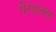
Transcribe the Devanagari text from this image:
पैरेडाक्सा